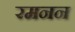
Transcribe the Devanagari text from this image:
रमनन